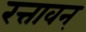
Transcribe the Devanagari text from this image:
रत्तावन्